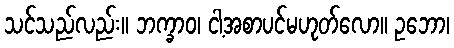
သင်သည်လည်း။ ဘက္ခာဝ၊ ငါ့အစာပင်မဟုတ်လော။ ဥဘော၊